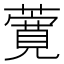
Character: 𬞸